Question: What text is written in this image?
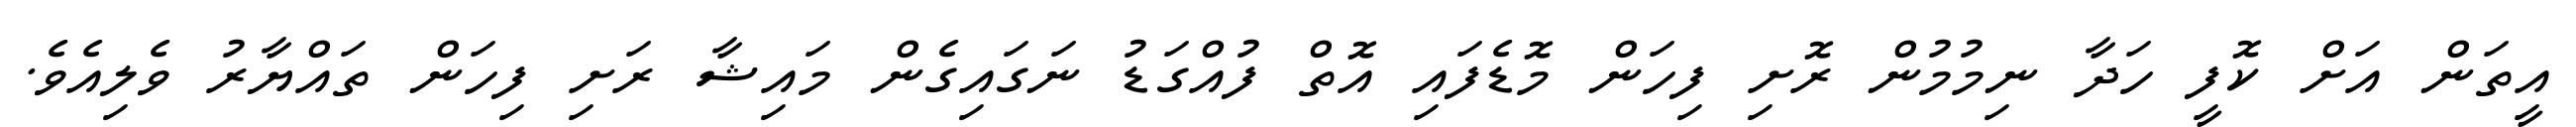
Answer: އީތަން އަށް ކޮފީ ހަދާ ނިމުމުން ރޮށި ފިހަން މޮޑެފައި އޮތް ފުއްގަޑު ނަގައިގެން މައިޝާ ރަށި ފިހަން ތައްޔާރު ވެލިއެވެ.